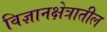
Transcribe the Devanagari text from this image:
विज्ञानक्षेत्रातील